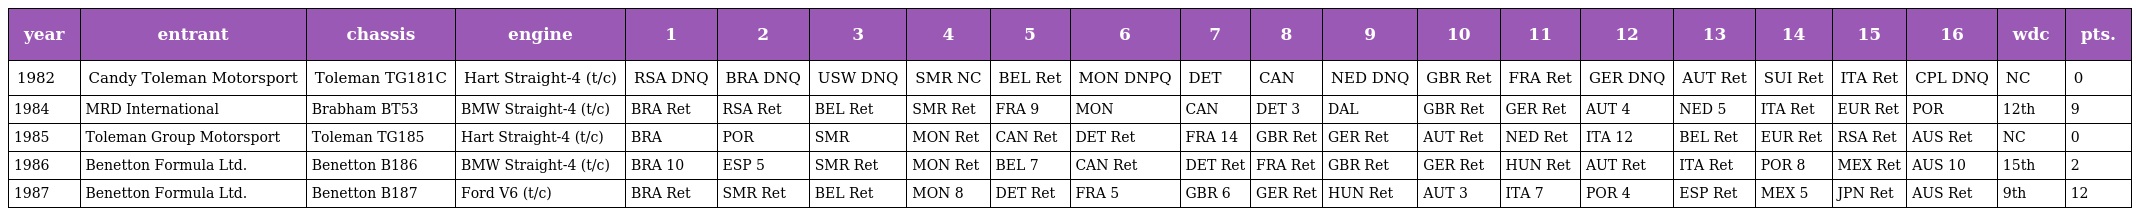
| year | entrant | chassis | engine | 1 | 2 | 3 | 4 | 5 | 6 | 7 | 8 | 9 | 10 | 11 | 12 | 13 | 14 | 15 | 16 | wdc | pts. |
 | --- | --- | --- | --- | --- | --- | --- | --- | --- | --- | --- | --- | --- | --- | --- | --- | --- | --- | --- | --- | --- | --- |
 | 1982 | Candy Toleman Motorsport | Toleman TG181C | Hart Straight-4 (t/c) | RSA DNQ | BRA DNQ | USW DNQ | SMR NC | BEL Ret | MON DNPQ | DET | CAN | NED DNQ | GBR Ret | FRA Ret | GER DNQ | AUT Ret | SUI Ret | ITA Ret | CPL DNQ | NC | 0 |
 | 1984 | MRD International | Brabham BT53 | BMW Straight-4 (t/c) | BRA Ret | RSA Ret | BEL Ret | SMR Ret | FRA 9 | MON | CAN | DET 3 | DAL | GBR Ret | GER Ret | AUT 4 | NED 5 | ITA Ret | EUR Ret | POR | 12th | 9 |
 | 1985 | Toleman Group Motorsport | Toleman TG185 | Hart Straight-4 (t/c) | BRA | POR | SMR | MON Ret | CAN Ret | DET Ret | FRA 14 | GBR Ret | GER Ret | AUT Ret | NED Ret | ITA 12 | BEL Ret | EUR Ret | RSA Ret | AUS Ret | NC | 0 |
 | 1986 | Benetton Formula Ltd. | Benetton B186 | BMW Straight-4 (t/c) | BRA 10 | ESP 5 | SMR Ret | MON Ret | BEL 7 | CAN Ret | DET Ret | FRA Ret | GBR Ret | GER Ret | HUN Ret | AUT Ret | ITA Ret | POR 8 | MEX Ret | AUS 10 | 15th | 2 |
 | 1987 | Benetton Formula Ltd. | Benetton B187 | Ford V6 (t/c) | BRA Ret | SMR Ret | BEL Ret | MON 8 | DET Ret | FRA 5 | GBR 6 | GER Ret | HUN Ret | AUT 3 | ITA 7 | POR 4 | ESP Ret | MEX 5 | JPN Ret | AUS Ret | 9th | 12 |